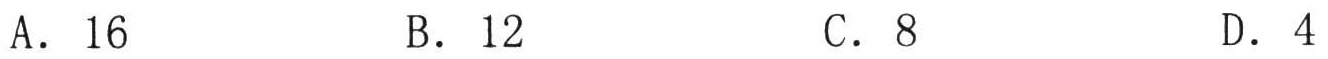
A．16  B．12  C．8  D．4